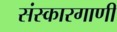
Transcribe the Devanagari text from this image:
संस्कारगाणी